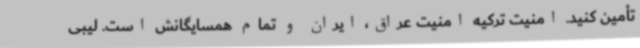
تأمین کنید. امنیت ترکیه امنیت عراق، ایران و تمام همسایگانش است. لیبی